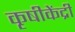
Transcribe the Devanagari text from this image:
कृषीकेंद्री